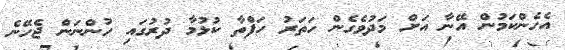
އެހެންކަމުން އޭނާ އަށް މަދުވެގެން ހަތަރު ހަފްތާ ކުޅުމާ ދުރުގައި ހުންނަން ޖެހޭނެ